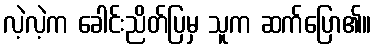
လဲ့လဲ့က ခေါင်းညိတ်ပြမှ သူက ဆက်ပြော၏။